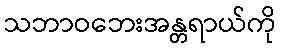
သဘာဝဘေးအန္တရာယ်ကို